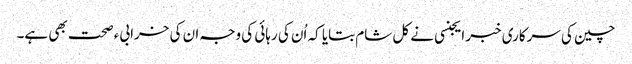
چین کی سرکاری خبر ایجنسی نے کل شام بتایا کہ اُن کی رہائی کی وجہ ان کی خرابیء صحت بھی ہے۔